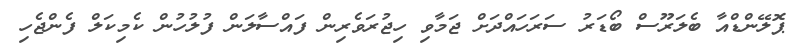
ޕޮލޭންޑްއާ ބެލަރޫސް ބޯޑަރު ސަރަހައްދަށް ޖަމާވި ހިޖުރަވެރިން ފައްސާލަން ފުލުހުން ކެމިކަލް ފެންޖެހި